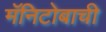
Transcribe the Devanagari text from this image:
मॅनिटोबाची